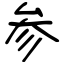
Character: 参